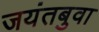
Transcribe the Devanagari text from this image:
जयंतबुवा